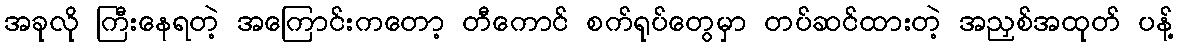
အခုလို ကြီးနေရတဲ့ အကြောင်းကတော့ တီကောင် စက်ရုပ်တွေမှာ တပ်ဆင်ထားတဲ့ အညှစ်အထုတ် ပန့်